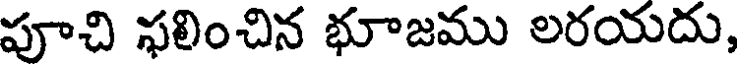
పూచి ఫలించిన భూజము లరయదు,